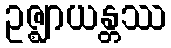
ဥဇ္ဈာယန္တဿ